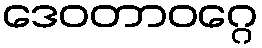
ဒေဝတာဝဂ္ဂေ